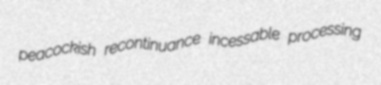
peacockish recontinuance incessable processing